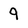
Character: 9